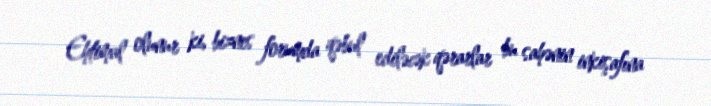
Ehtimal olunur ki, biznes forumda qəbul ediləcək qərarlar bu sahənin inkişafına